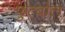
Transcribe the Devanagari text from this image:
फुत्बोल